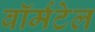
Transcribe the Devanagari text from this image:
वॉर्मटेल